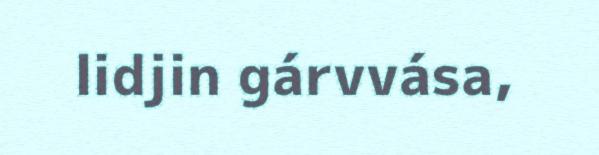
lidjin gárvvása,